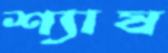
শ্যাষ